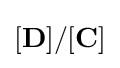
[\mathbf {D} ]/[\mathbf {C} ]